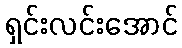
ရှင်းလင်းအောင်